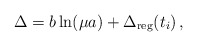
\begin{align*}\Delta = b\ln(\mu a) +\Delta_{\rm reg}(t_i)\, ,\end{align*}